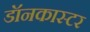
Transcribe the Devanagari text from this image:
डॉनकास्टर